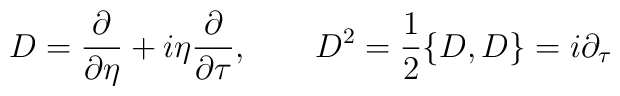
D={\partial\over{\partial\eta}}+i\eta{\partial\over{\partial\tau}},\qquad D^2={1\over 2}\{D,D\}=i\partial_\tau